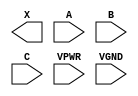
/**
 * Copyright 2020 The SkyWater PDK Authors
 *
 * Licensed under the Apache License, Version 2.0 (the "License");
 * you may not use this file except in compliance with the License.
 * You may obtain a copy of the License at
 *
 *     https://www.apache.org/licenses/LICENSE-2.0
 *
 * Unless required by applicable law or agreed to in writing, software
 * distributed under the License is distributed on an "AS IS" BASIS,
 * WITHOUT WARRANTIES OR CONDITIONS OF ANY KIND, either express or implied.
 * See the License for the specific language governing permissions and
 * limitations under the License.
 *
 * SPDX-License-Identifier: Apache-2.0
 */

`ifndef SKY130_FD_SC_HS__XNOR3_PP_BLACKBOX_V
`define SKY130_FD_SC_HS__XNOR3_PP_BLACKBOX_V

/**
 * xnor3: 3-input exclusive NOR.
 *
 * Verilog stub definition (black box with power pins).
 *
 * WARNING: This file is autogenerated, do not modify directly!
 */

`timescale 1ns / 1ps
`default_nettype none

(* blackbox *)
module sky130_fd_sc_hs__xnor3 (
    X   ,
    A   ,
    B   ,
    C   ,
    VPWR,
    VGND
);

    output X   ;
    input  A   ;
    input  B   ;
    input  C   ;
    input  VPWR;
    input  VGND;
endmodule

`default_nettype wire
`endif  // SKY130_FD_SC_HS__XNOR3_PP_BLACKBOX_V